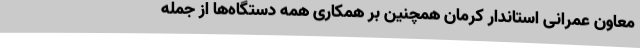
معاون عمرانی استاندار کرمان همچنین بر همکاری همه دستگاه‌ها از جمله